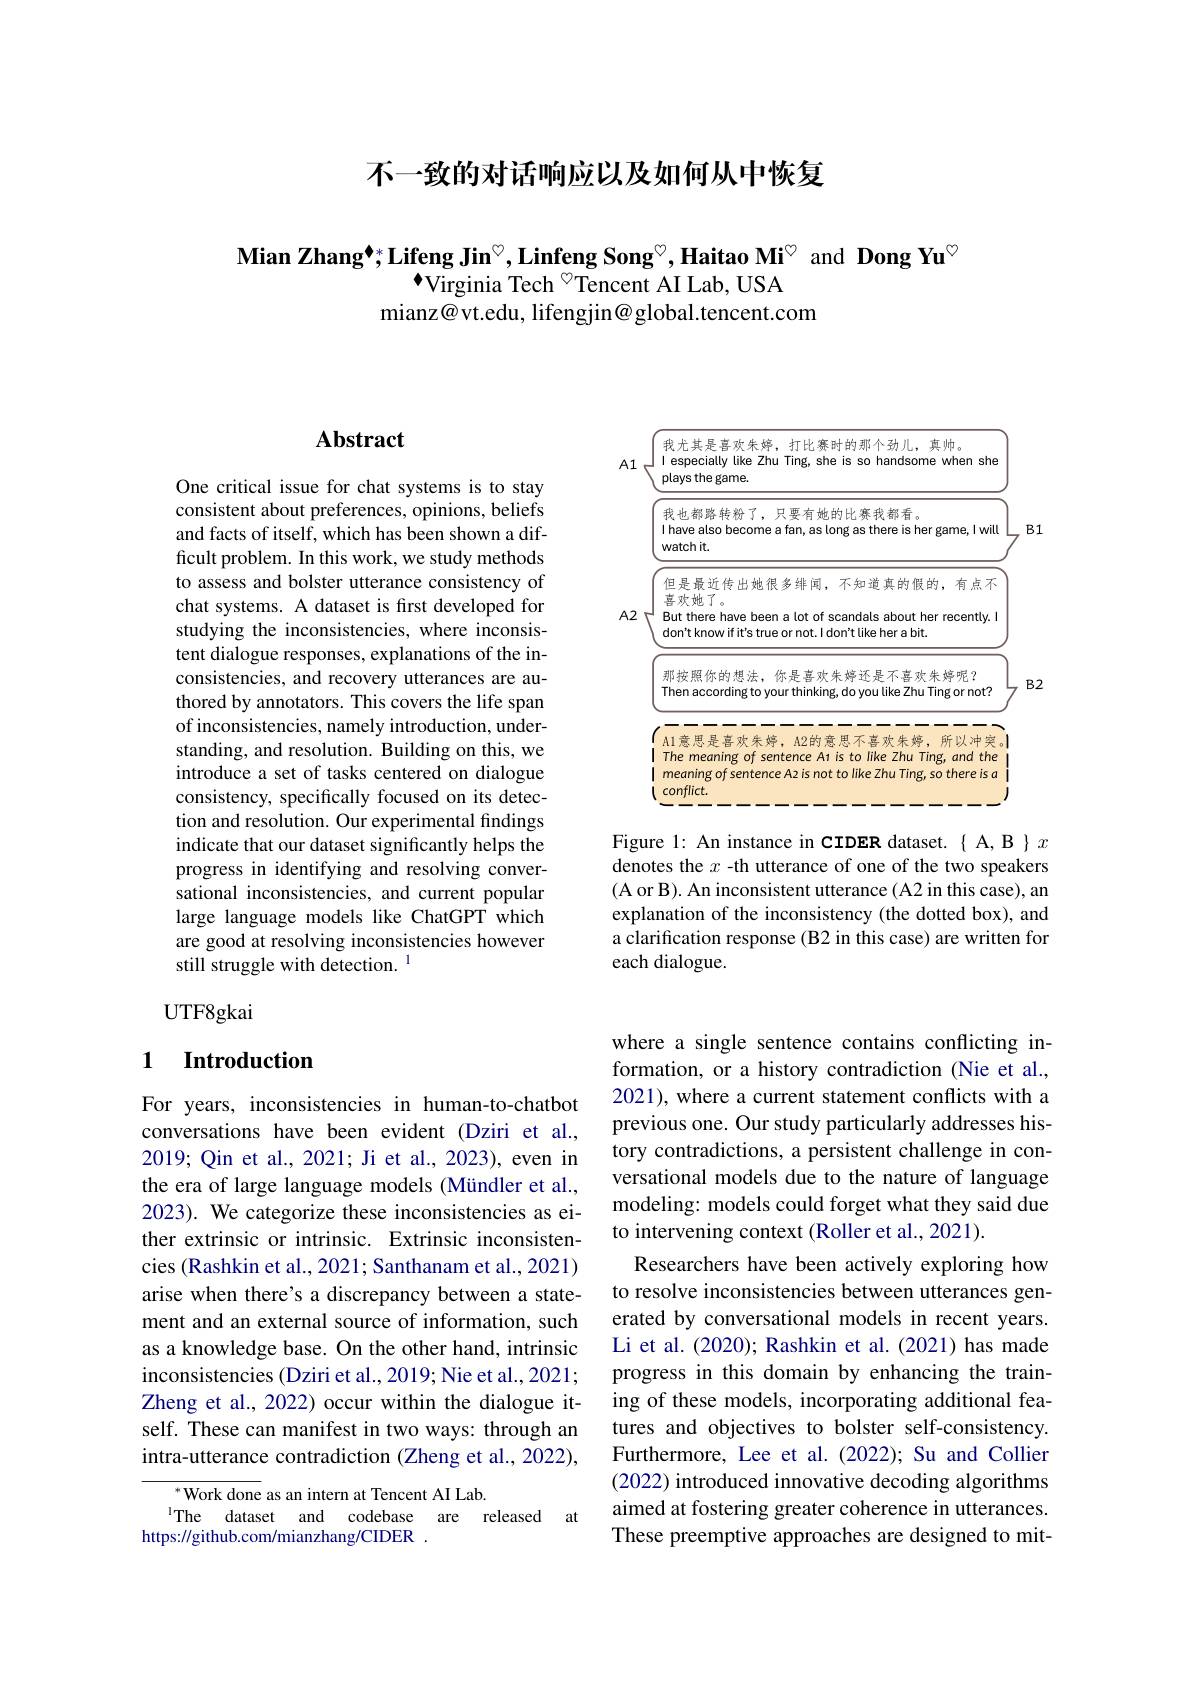
不一致的对话响应以及如何从中恢复

Mian Zhang$^{\bullet};\text{Lifeng Jin}^{\circ},\textbf{Linfeng Song}^{\circ},\textbf{Haitao Mi}^{\circ}$ and Dong Yu$^{\circ}$
$^{\bullet}$Virginia Tech $^{\circ}$Tencent AI Lab, USA
mianz@vt.edu, lifengjin@global.tencent.com

## $\mathbf{Abstract}$

One critical issue for chat systems is to stay consistent about preferences, opinions, beliefs and facts of itself, which has been shown a difficult problem. In this work, we study methods to assess and bolster utterance consistency of chat systems. A dataset is first developed for studying the inconsistencies, where inconsistent dialogue responses, explanations of the inconsistencies, and recovery utterances are authored by annotators. This covers the life span of inconsistencies, namely introduction, understanding, and resolution. Building on this, we introduce a set of tasks centered on dialogue consistency, specifically focused on its detection and resolution. Our experimental findings indicate that our dataset significantly helps the progress in identifying and resolving conversational inconsistencies, and current popular large language models like ChatGPT which are good at resolving inconsistencies however still struggle with detection. $^{1}$

UTF8gkai

## 1 $\textbf{Introduction}$

For years, inconsistencies in human-to-chatbot conversations have been evident (Dziri et al., 2019; Qin et al., 2021; Ji et al., 2023), even in the era of large language models (Mündler et al., 2023). We categorize these inconsistencies as either extrinsic or intrinsic. Extrinsic inconsistencies (Rashkin et al., 2021; Santhanam et al., 2021) arise when there's a discrepancy between a statement and an external source of information, such as a knowledge base. On the other hand, intrinsic inconsistencies (Dziri et al., 2019; Nie et al., 2021; Zheng et al., 2022) occur within the dialogue itself. These can manifest in two ways: through an intra-utterance contradiction (Zheng et al., 2022),

${^{*}\text{Work done}}$ as an intern at Tencent AI Lab.
IThe dataset and codebase are released at
https://github.com/mianzhang/CIDER .

<FigureHere>

Figure 1: An instance in CIDER dataset. { A, B }x denotes the $x$ -th utterance of one of the two speakers (A or B). An inconsistent utterance (A2 in this case), an explanation of the inconsistency (the dotted box), and a clarification response (B2 in this case) are written for each dialogue.

where a single sentence contains conflicting information, or a history contradiction (Nie et al., 2021), where a current statement conflicts with a previous one. Our study particularly addresses history contradictions, a persistent challenge in conversational models due to the nature of language modeling: models could forget what they said due to intervening context (Roller et al., 2021).
Researchers have been actively exploring how to resolve inconsistencies between utterances generated by conversational models in recent years. Li et al.(2020); Rashkin et al.(2021) has made progress in this domain by enhancing the training of these models, incorporating additional features and objectives to bolster self-consistency. Furthermore, Lee et al. (2022); Su and Collier (2022) introduced innovative decoding algorithms aimed at fostering greater coherence in utterances. These preemptive approaches are designed to mit-